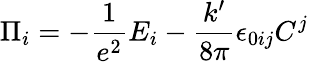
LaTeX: \Pi_{i}=-\frac 1{e^{2}}E_{i}-\frac{k^{\prime}}{8\pi}\epsilon_{0ij}C^{j}